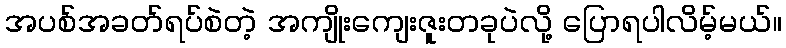
အပစ်အခတ်ရပ်စဲတဲ့ အကျိုးကျေးဇူးတခုပဲလို့ ပြောရပါလိမ့်မယ်။